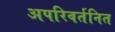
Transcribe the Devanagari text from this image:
अपरिवर्तनित